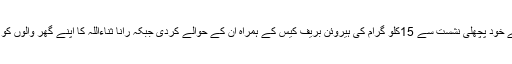
اے این ایف کی ایف آئی آر کے مطابق گاڑی کھولی گئی تو رانا ثناءاللہ نے خود پچھلی نشست سے 15کلو گرام کی ہیروئن بریف کیس کے ہمراہ ان کے حوالے کردی جبکہ رانا ثناءاللہ کا اپنے گھر والوں کو ملاقات کے دوران بتانا ہے کہ ان کی آنکھ کھلی تو باہر تلخی ہورہی تھی۔